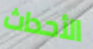
الأحداث